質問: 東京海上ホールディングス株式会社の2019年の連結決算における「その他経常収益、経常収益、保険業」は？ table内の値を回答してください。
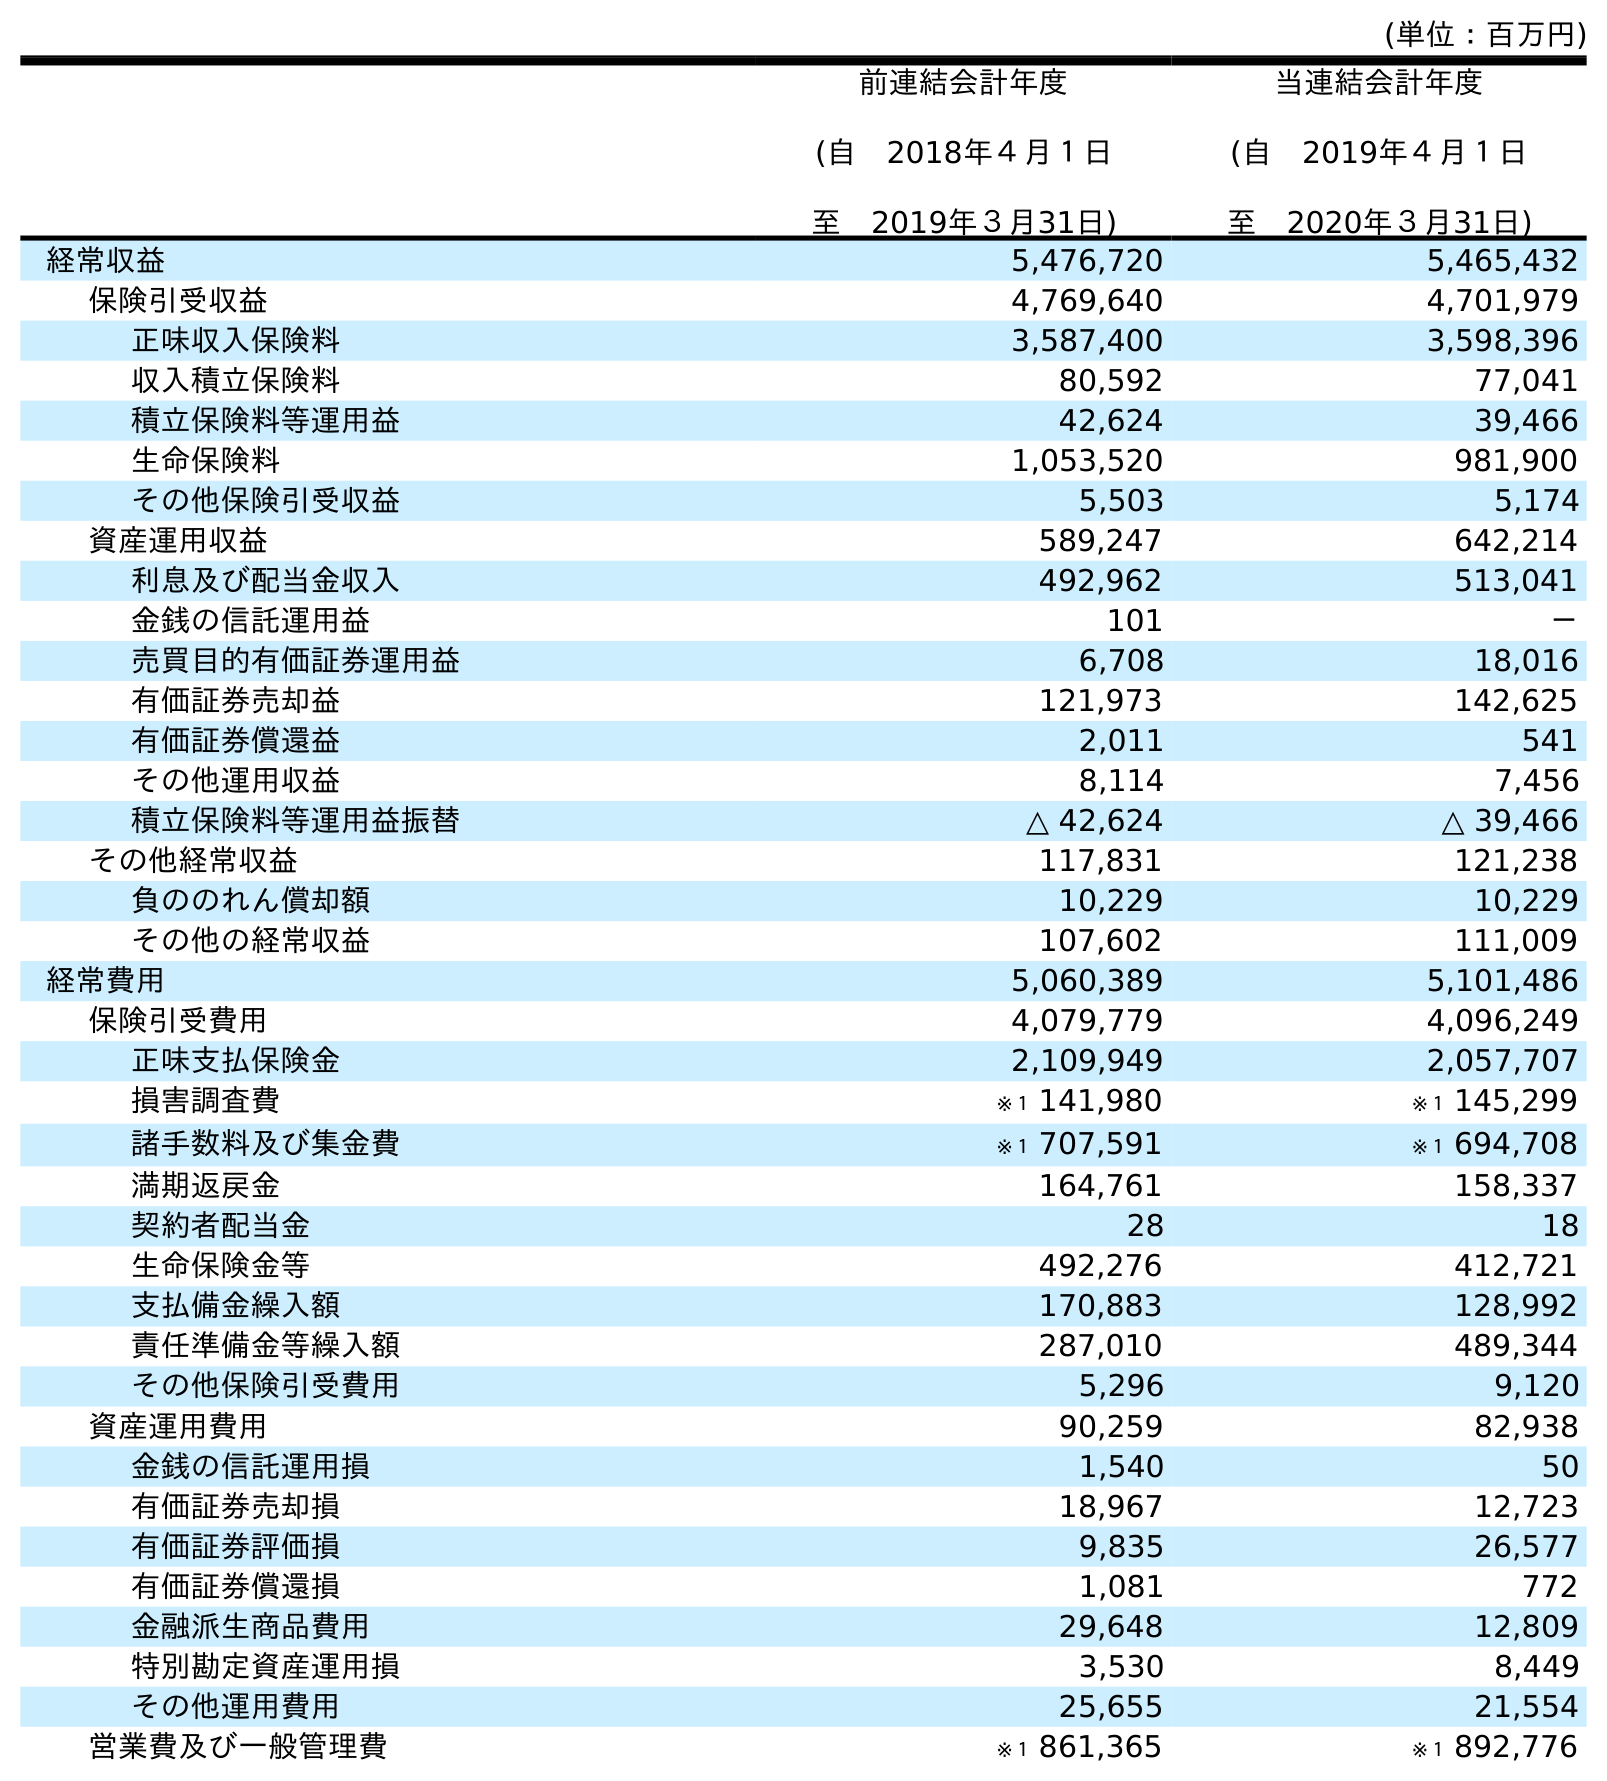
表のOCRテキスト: (単位：百万円) 前連結会計年度 (自 2018年４月１日 至 2019年３月31日) 当連結会計年度 (自 2019年４月１日 至 2020年３月31日) 経常収益 5,476,720 5,465,432 保険引受収益 4,769,640 4,701,979 正味収入保険料 3,587,400 3,598,396 収入積立保険料 80,592 77,041 積立保険料等運用益 42,624 39,466 生命保険料 1,053,520 981,900 その他保険引受収益 5,503 5,174 資産運用収益 589,247 642,214 利息及び配当金収入 492,962 513,041 金銭の信託運用益 101 － 売買目的有価証券運用益 6,708 18,016 有価証券売却益 121,973 142,625 有価証券償還益 2,011 541 その他運用収益 8,114 7,456 積立保険料等運用益振替 △ 42,624 △ 39,466 その他経常収益 117,831 121,238 負ののれん償却額 10,229 10,229 その他の経常収益 107,602 111,009 経常費用 5,060,389 5,101,486 保険引受費用 4,079,779 4,096,249 正味支払保険金 2,109,949 2,057,707 損害調査費 ※１ 141,980 ※１ 145,299 諸手数料及び集金費 ※１ 707,591 ※１ 694,708 満期返戻金 164,761 158,337 契約者配当金 28 18 生命保険金等 492,276 412,721 支払備金繰入額 170,883 128,992 責任準備金等繰入額 287,010 489,344 その他保険引受費用 5,296 9,120 資産運用費用 90,259 82,938 金銭の信託運用損 1,540 50 有価証券売却損 18,967 12,723 有価証券評価損 9,835 26,577 有価証券償還損 1,081 772 金融派生商品費用 29,648 12,809 特別勘定資産運用損 3,530 8,449 その他運用費用 25,655 21,554 営業費及び一般管理費 ※１ 861,365 ※１ 892,776
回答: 117,831